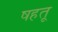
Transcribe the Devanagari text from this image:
षहतू